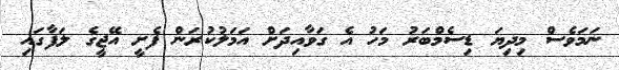
ނަމަވެސް މިދިޔަ ޑިސެމްބަރު މަހު އެ ގަވާއިދަށް އަމަލުކުރަން ފެށީ އޭޖީގެ ލަފާގައި